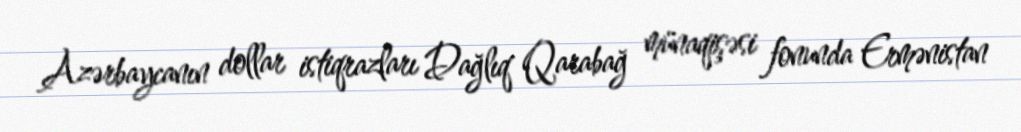
Azərbaycanın dollar istiqrazları Dağlıq Qarabağ münaqişəsi fonunda Ermənistan